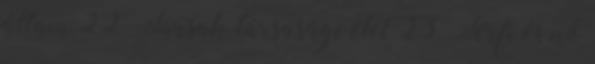
állam 22. Társak, társasági élet 23. Férfi és nő